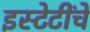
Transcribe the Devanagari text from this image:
इस्टेटींचें